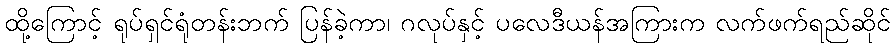
ထို့ကြောင့် ရုပ်ရှင်ရုံတန်းဘက် ပြန်ခဲ့ကာ၊ ဂလုပ်နှင့် ပလေဒီယန်အကြားက လက်ဖက်ရည်ဆိုင်